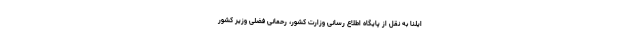
ایلنا به نقل از پایگاه اطلاع رسانی وزارت کشور، رحمانی فضلی وزیر کشور